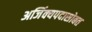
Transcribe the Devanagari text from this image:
अजिंक्यपदासोबत